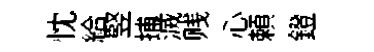
忱給竪捕滅贱心頼鐙